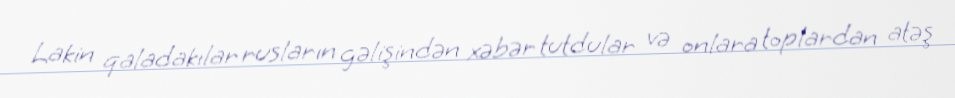
Lakin qaladakılar rusların gəlişindən xəbər tutdular və onlara toplardan atəş